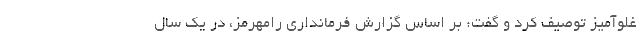
غلوآمیز توصیف کرد و گفت: بر اساس گزارش فرمانداری رامهرمز، در یک سال